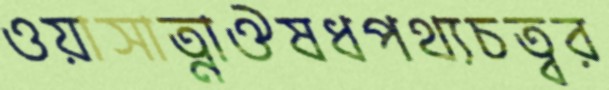
ওয়াসাত্নাঔষধপথ্যচত্বর